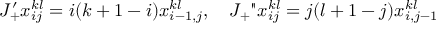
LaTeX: J _ { + } ^ { \prime } x _ { i j } ^ { k l } = i ( k + 1 - i ) x _ { i - 1 , j } ^ { k l } , \quad J _ { + } " x _ { i j } ^ { k l } = j ( l + 1 - j ) x _ { i , j - 1 } ^ { k l }